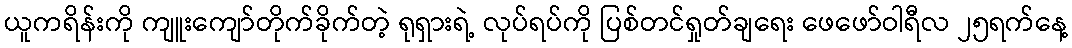
ယူကရိန်းကို ကျူးကျော်တိုက်ခိုက်တဲ့ ရုရှားရဲ့ လုပ်ရပ်ကို ပြစ်တင်ရှုတ်ချရေး ဖေဖော်ဝါရီလ ၂၅ရက်နေ့